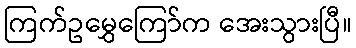
ကြက်ဥမွှေကြော်က အေးသွားပြီ။